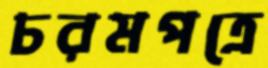
চরমপত্রে